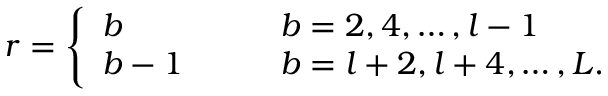
r = \left\{ \begin{array} { l l } { { b } } & { { \qquad b = 2 , 4 , \ldots , l - 1 } } \\ { { b - 1 } } & { { \qquad b = l + 2 , l + 4 , \ldots , L . } } \end{array} \right.